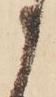
う